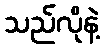
သည်လိုနဲ့